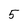
Character: 5